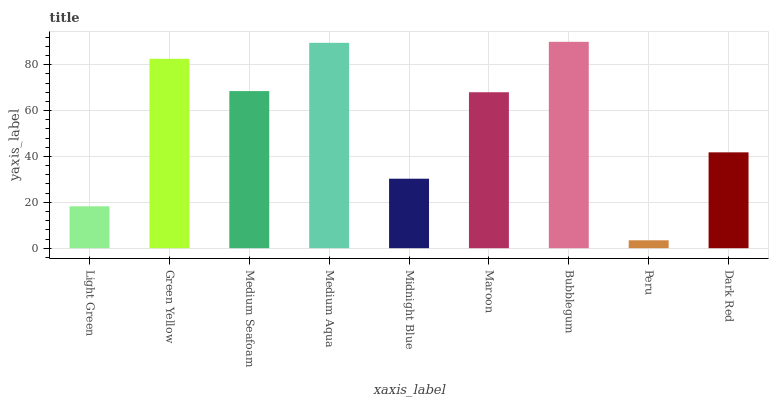
| xaxis_label | bars |
 | --- | --- |
 | Light Green | 18.3 |
 | Green Yellow | 82.6 |
 | Medium Seafoam | 68.5 |
 | Medium Aqua | 89.5 |
 | Midnight Blue | 30.3 |
 | Maroon | 68 |
 | Bubblegum | 90 |
 | Peru | 3.45 |
 | Dark Red | 41.8 |